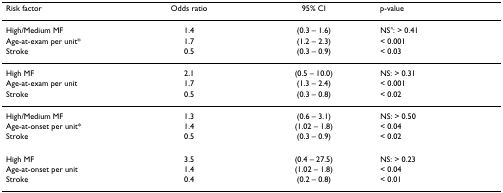
| Risk factor | Odds ratio | 95% CI | p-value |
 | --- | --- | --- | --- |
 | High/Medium MF | 1.4 | (0.3 – 1.6) | NS^: > 0.41 |
 | Age-at-exam per unit* | 1.7 | (1.2 – 2.3) | < 0.001 |
 | Stroke | 0.5 | (0.3 – 0.9) | < 0.03 |
 | High MF | 2.1 | (0.5 – 10.0) | NS: > 0.31 |
 | Age-at-exam per unit | 1.7 | (1.3 – 2.4) | < 0.001 |
 | Stroke | 0.5 | (0.3 – 0.8) | < 0.02 |
 | High/Medium MF | 1.3 | (0.6 – 3.1) | NS: > 0.50 |
 | Age-at-onset per unit* | 1.4 | (1.02 – 1.8) | < 0.04 |
 | Stroke | 0.5 | (0.3 – 0.9) | < 0.02 |
 | High MF | 3.5 | (0.4 – 27.5) | NS: > 0.23 |
 | Age-at-onset per unit | 1.4 | (1.02 – 1.8) | < 0.04 |
 | Stroke | 0.4 | (0.2 – 0.8) | < 0.01 |